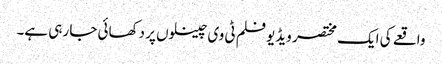
واقعے کی ایک مختصر ویڈیو فلم ٹی وی چینلوں پر دکھائی جا رہی ہے۔